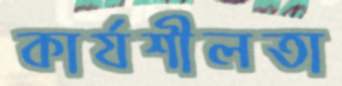
কার্যশীলতা